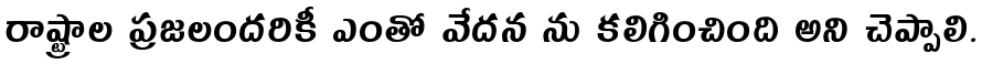
రాష్ట్రాల ప్రజలందరికీ ఎంతో వేదన ను కలిగించింది అని చెప్పాలి.